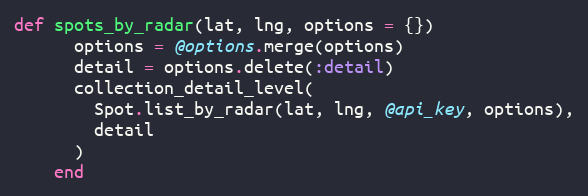
Language: Ruby
def spots_by_radar(lat, lng, options = {})
      options = @options.merge(options)
      detail = options.delete(:detail)
      collection_detail_level(
        Spot.list_by_radar(lat, lng, @api_key, options),
        detail
      )
    end